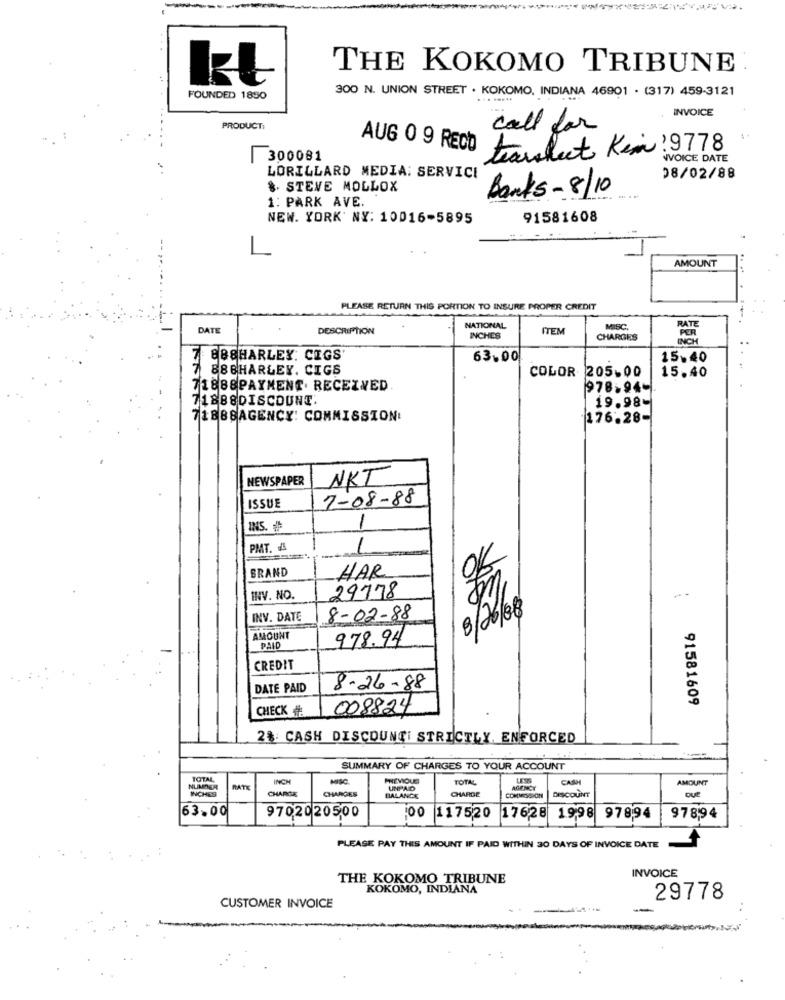
THE KOKOMO TRIBUNE
300 N. UNION STREET . KOKOMO, INDIANA 46901 · (317) 459-3121
FOUNDED 1850
INVOICE
PRODUCT,
call for
AUG 0 9 RECO
tearsheet Kin! 9778
| 300081
NVOICE DATE
LORILLARD MEDIA: SERVICE
08/02/88
8. STEVE MOLLOX
Banks- 8/10
1: PARK AVE
NEW. YORK' NY: 10016-5895
91581608
1
AMOUNT
PLEASE RETURN THIS PORTION TO INSURE PROPER CREDIT
RATE
DATE
DESCRIPTION
NATIONAL
ITEM
MISC.
PER
INCHES
CHARGES
INCH
7 EBBHARLEY. CIGS
63.00
15.40
7 886HARLEY. CIGS
COLOR 205.00
15.40
71888PAYMENT. RECEIVED
978-94-
71888DISCOUNT.
19.98-
71BBSAGENCY: COMMISSIONI
1176.28-
NEWSPAPER
NKT
7-08-88
ISSUE
INS. #
1
PMT.
1
BRAND
HAR
INV. NO.
29778
INV. DATE
8-02-88
8/26/08
AMOUNT
978.94
PAID
CREDIT
DATE PAID
8-26-88
91581609
CHECK#
008824
2%. CASH DISCOUNTI STRICTLY, ENFORCED
SUMMARY OF CHARGES TO YOUR ACCOUNT
TOTAL,
INCH
TOTAL
CASH
AMOUNT
NUMMER
INCHES
CHARGE
CHARGES
UNPAID
CHARGE
COMMISSION
AGENCY
DUE
BALANCE
DISCOUNT
63.00
9702020500
00 1175/20
17628 1998 97894
978,94
PLEASE PAY THIS AMOUNT IF PAID WITHIN 30 DAYS OF INVOICE DATE
THE KOKOMO TRIBUNE
INVOICE
KOKOMO, INDIANA
29778
CUSTOMER INVOICE
..